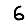
Digit: 6